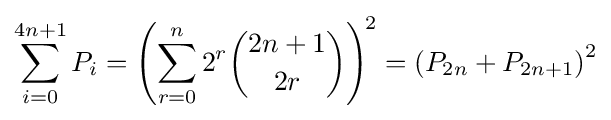
\sum _{i=0}^{4n+1}P_{i}=\left(\sum _{r=0}^{n}2^{r}{2n+1 \choose 2r}\right)^{\!2}=\left(P_{2n}+P_{2n+1}\right)^{2}